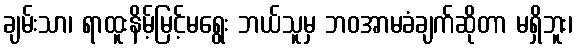
ချမ်းသာ၊ ရာထူးနိမ့်မြင့်မရွေး ဘယ်သူမှ ဘဝအာမခံချက်ဆိုတာ မရှိဘူး၊